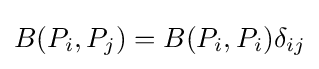
B(P_{i},P_{j})=B(P_{i},P_{i})\delta _{ij}